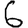
Digit: 6